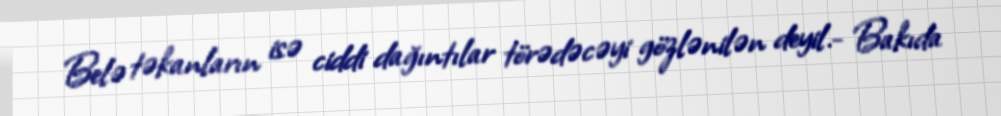
Belə təkanların isə ciddi dağıntılar törədəcəyi gözlənilən deyil.- Bakıda